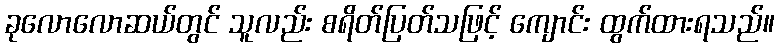
ခုလောလောဆယ်တွင် သူလည်း စရိတ်ပြတ်သဖြင့် ကျောင်း ထွက်ထားရသည်။